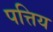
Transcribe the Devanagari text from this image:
पत्तिय